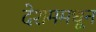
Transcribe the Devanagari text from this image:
देशममधून